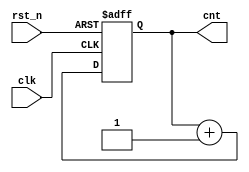
module Counter_Jiyun(clk, rst_n, cnt);

input   clk, rst_n;
output [3:0] cnt;
reg    [3:0] cnt;

 always @(posedge clk, negedge rst_n) begin
 if (!rst_n)
  cnt = 4'b0000;
 else
  cnt = cnt+1;
 end

endmodule


`timescale 1ns/100ps
module Counter_tb_Jiyun;

reg  clk, rst_n;
wire [3:0] cnt;

Counter_Jiyun Counter (.clk(clk), .rst_n(rst_n), .cnt(cnt));

initial begin
 clk = 0; rst_n = 1;
 #10   rst_n = 0;
 #10   rst_n = 1;
 #180  rst_n = 0;
 #10   rst_n = 1;
 #90
 $finish;
end

always #5 clk = ~clk;

endmodule